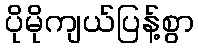
ပိုမိုကျယ်ပြန့်စွာ